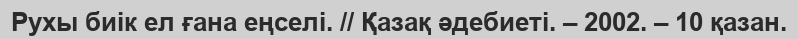
Рухы биік ел ғана еңселі. // Қазақ әдебиеті. – 2002. – 10 қазан.